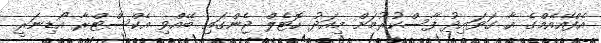
އެފްއޭއެމްގެ އާ ގަވައިދު ފާސްކުރުމަށް މިއަދު ހޮޓެލް ޖެންގައި ބޭއްވި އެކްސްޓްރާ އޯޑިނަރީ